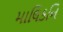
માલિકનિ